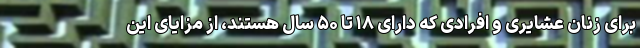
برای زنان عشایری و افرادی که دارای ۱۸ تا ۵۰ سال هستند، از مزایای این